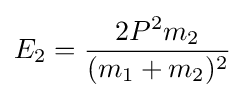
E_{2}={\frac {2P^{2}m_{2}}{(m_{1}+m_{2})^{2}}}